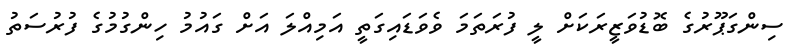
ސިންގަޕޫރުގެ ބޮޑުވަޒީރަކަށް ލީ ފުރަތަމަ ވެވަޑައިގަތީ އަމިއްލަ އަށް ގައުމު ހިންގުމުގެ ފުރުސަތު